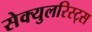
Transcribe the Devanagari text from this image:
सेक्युलरिस्ट्स